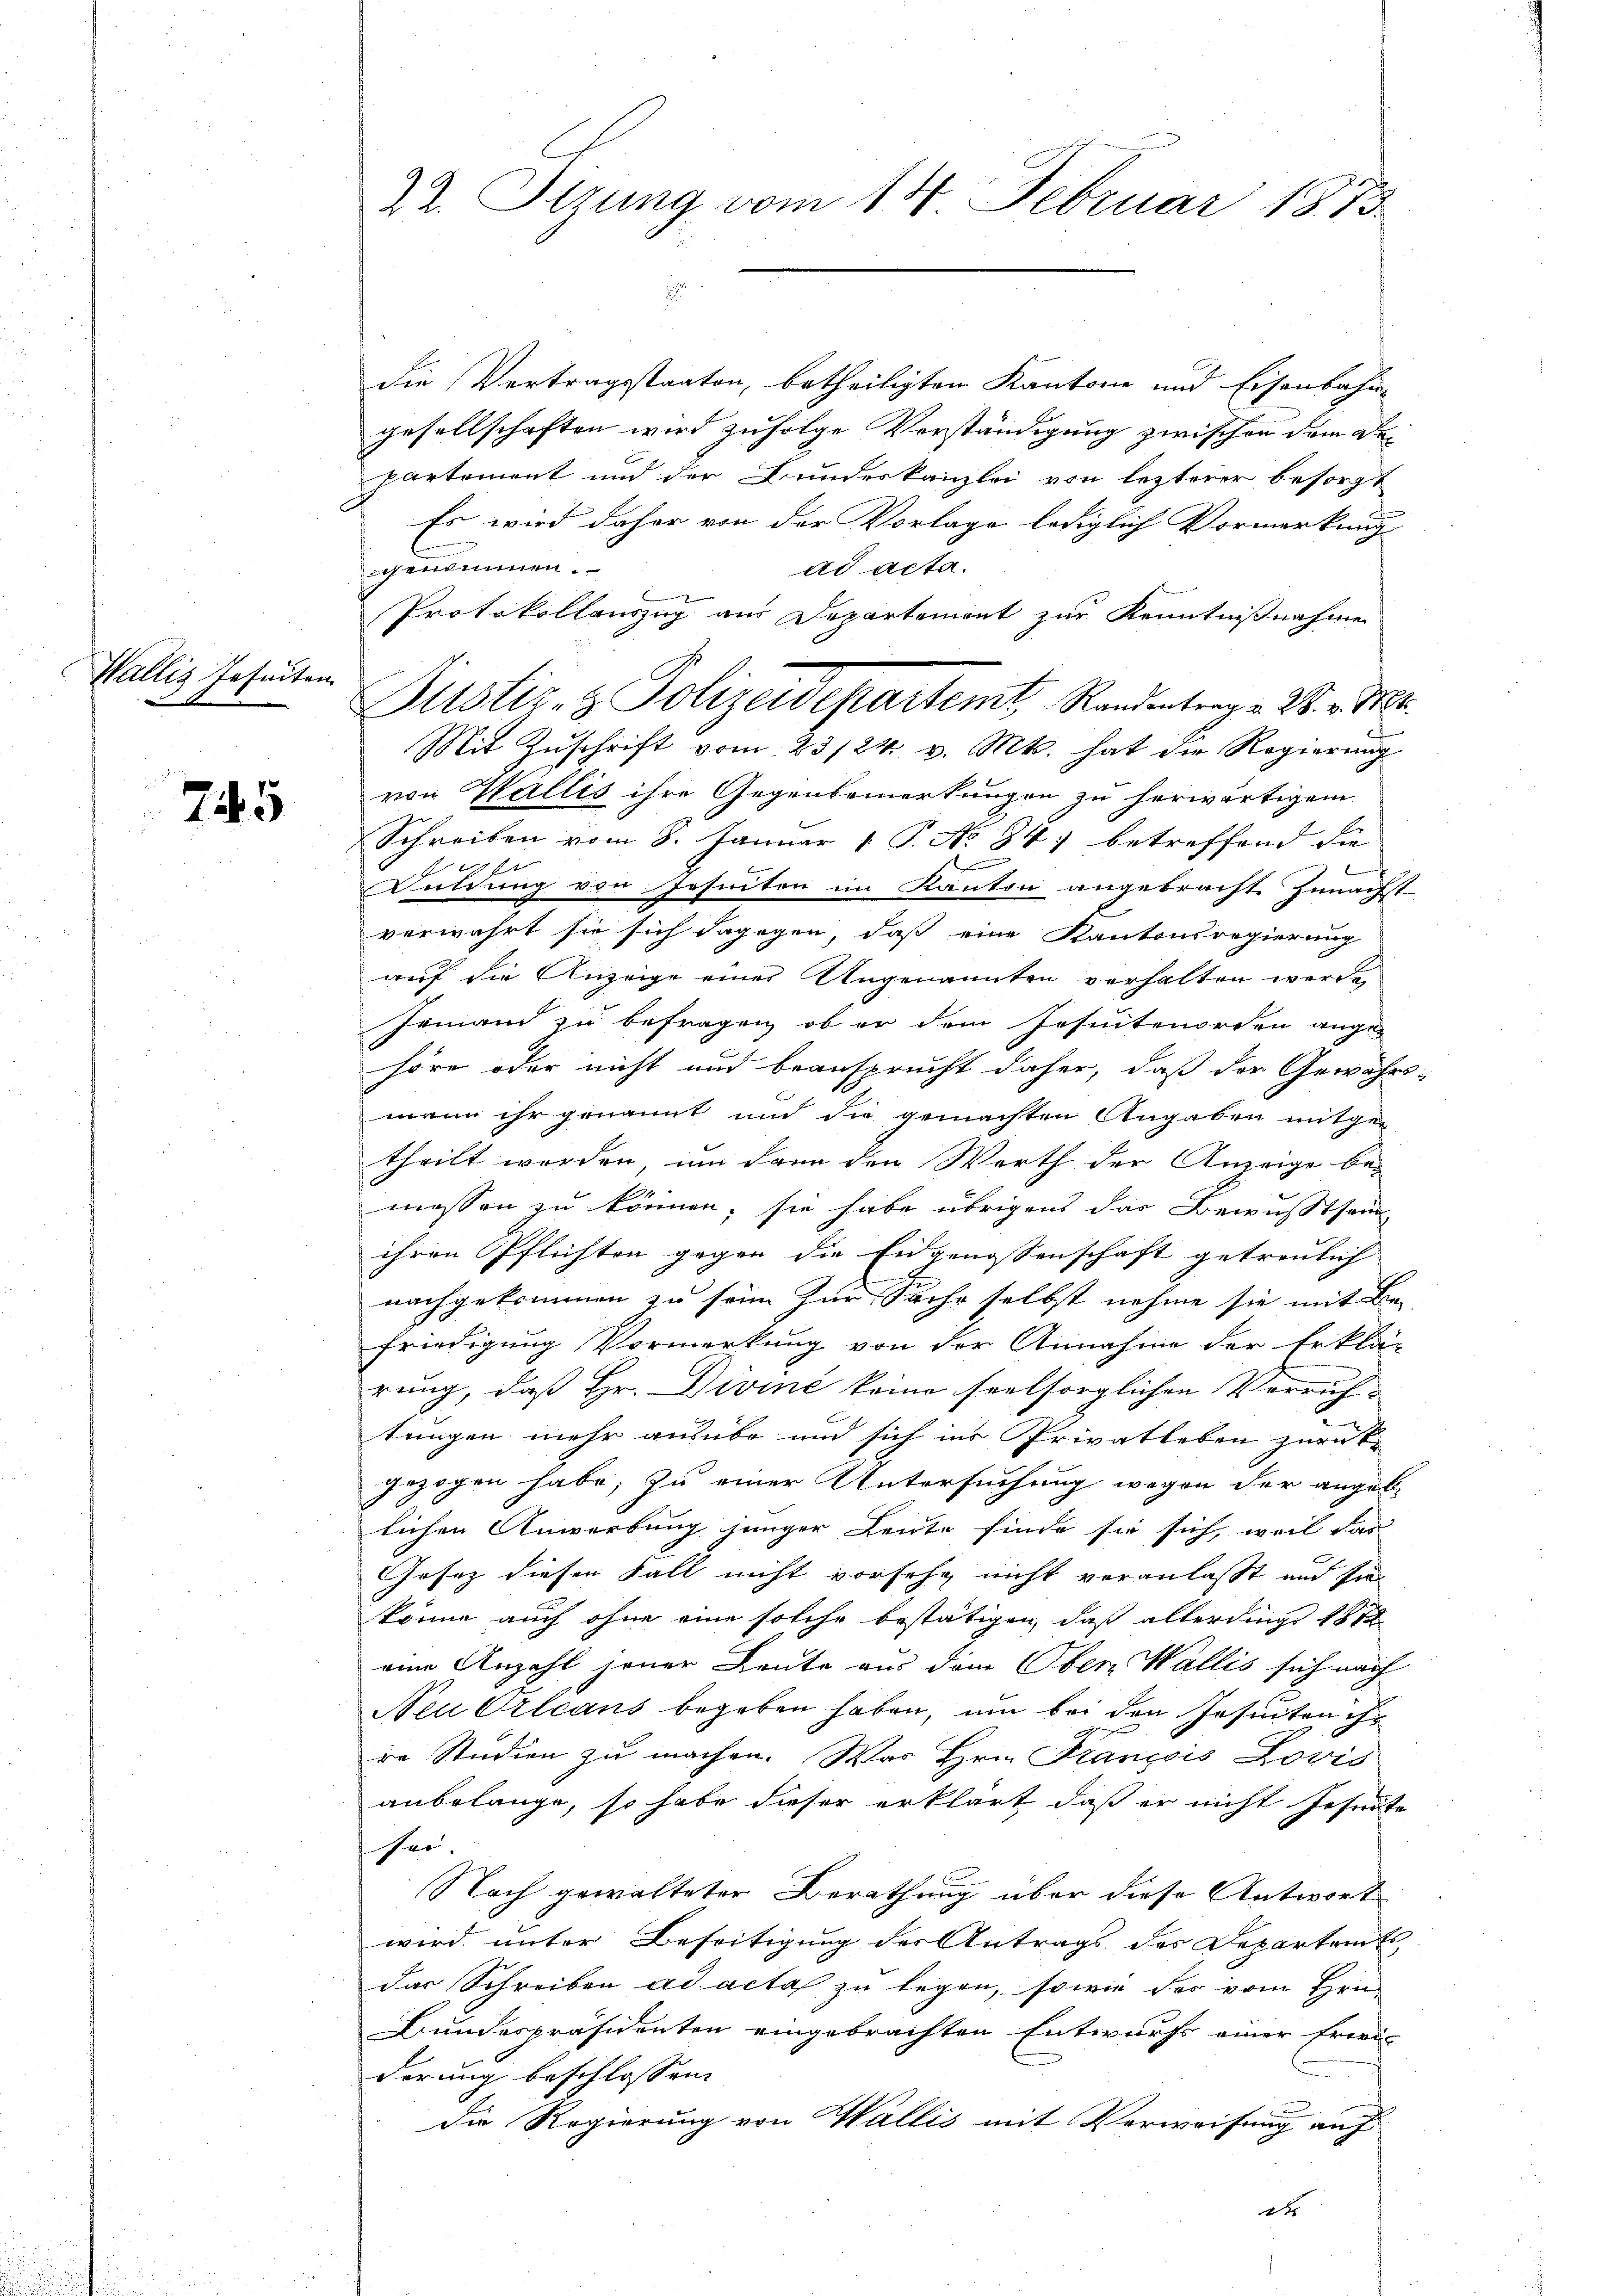
Wallis Jesuiten

7145

22. Sizung vom 14. Februar 1873.

die Vertragsstaaten, betheiligten Kantone und Eisenbahn-
gesellschaften wird zufolge Verständigung zwischen dem Departement und der Bundeskanzlei von lezterer besorgt
Es wird daher von der Vorlage lediglich Vormerkung
genommen.
ad acta.
Protokollauszug aus Departement zur Kenntnißnahme
von Wallis ihre Gegenbemerkungen zu herwärtigen.
Schreiben vom 8. Januar 1 P. No 84) betreffend die
Duldung von Jesuiten im Kanton angebracht zunächst
verwahrt sie sich dagegen, daß eine Kantonsregierung
auf die Anzeige einer Angenannten verhalten werde,
Jemand zu befragen, ob er dem Jesuitenorden ange-
höre oder nicht und beansprucht daher, daß der Gewährs
mann ihr genannt und die gemachten Angaben mitge-
theilt werden, um dann den Werth der Anzeige be-
messen zu können; sie habe übrigens das Bewußtseid
ihren Pflichten gegen die Eingenossenschaft getreulich |
nachgekommen zu sein zur Sache selbst nehme sie mit Be-
friedigung Vormerkung von der Annahme der Erklä-
rung, daß Hr. Divine keine seelsorglichen Verrich-
tungen mehr ausübe und sich ins Privatleben zurück
gezogen habe; zu einer Untersuchung wegen der angebe
lichen Anwerbung junger Leute finde sie sich, weil das
Gesez diesen Fall nicht vorsehe nicht veranlasst und sie
könne auch ohne eine solche bestätigen, daß allerdings 1872
eine Anzahl jener Leute aus dem Obern Wallis sich nach
Neu Orleans begeben haben, um bei den Jesuiten ihr
re Studien zu machen. Was Hrn. François Lovis
anbelange, so habe daher erklärt, daß er nicht Jesuite
fei.
Nach gewalteter Berathung über diese Antwort
wird unter Beseitigung der Antrags des Departamts
das Schreiben ad acta zu legen, sowie des vom Hrn.
Bundespräsidenten eingebrachten Entwurfs einer frei-
derung beschlossen
Die Regierung von Wallis mit Verweisung auf
ats

Bustiz- & Polizeidepartemt, Randentrag v. 28. v. Mt
Mit Zŭschrift vom 23/24. v. Mts. hat die Regierŭng